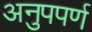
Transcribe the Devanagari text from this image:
अनुपपर्ण